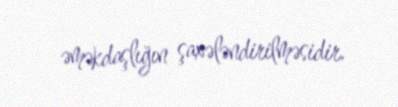
əməkdaşlığın şaxələndirilməsidir.